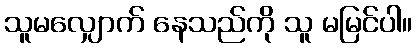
သူမလျှောက် နေသည်ကို သူ မမြင်ပါ။